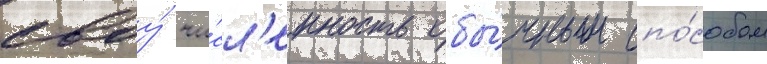
своу́ чи́сл'енность обы́чным спо́собом